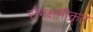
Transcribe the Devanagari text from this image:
रोगक्षमीकृत